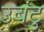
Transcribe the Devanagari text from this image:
उबंटु